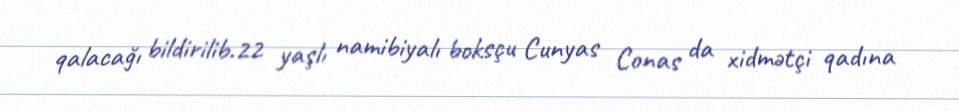
qalacağı bildirilib.22 yaşlı namibiyalı boksçu Cunyas Conas da xidmətçi qadına